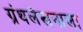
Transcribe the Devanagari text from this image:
ग्रंथलेखनाला